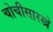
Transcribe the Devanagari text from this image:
चोचीसारखे